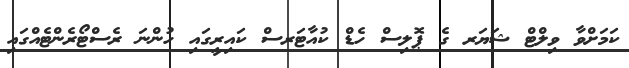
ކަމަށްވާ ވިލްޓް ޝަޔަރ ގެ ޕޮލިސް ހެޑް ކުއާޓަރސް ކައިރީގައި ހުންނަ ރެސްޓޯރެންޓެއްގައި